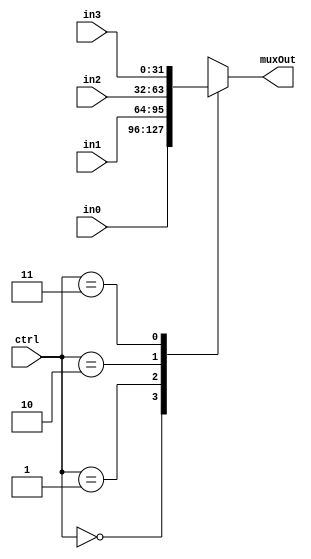
module mux2 #(parameter width=32)(
input [width-1:0]  in0,
input [width-1:0]  in1,
input [width-1:0]  in2,
input [width-1:0]  in3,
input   [1:0] ctrl,
output reg [width-1:0] muxOut
);

always @(*)
begin
    case(ctrl)
        2'b00:
            muxOut = in0;//No Hazard
        2'b01:
            muxOut = in1;//EX Hazard_R type
        2'b10:
            muxOut = in2;//Ex Hazard_LW
        2'b11:
			muxOut = in3;//MEM_Hazard
    endcase
end


endmodule